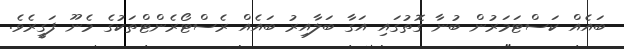
ބައެއް ކަސްޓަމަރުން ބުނާ ގޮތުގައި އަގާ ބަލާއިރު ބައެއް ރެސްޓޯރެންޓްތަކުގެ މެނޫ ފަގީރެވެ.